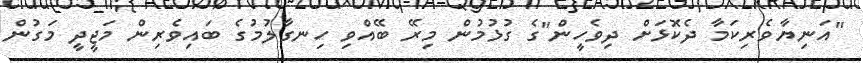
"އަނިޔާވެރިކަމާ ދެކޮޅަށް ދިވެހީން"ގެ ގުޅުމުން މިރޭ ބޭއްވި ހިނގާލުމުގެ ބައިވެރިން މަޖީދީ މަގުން